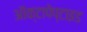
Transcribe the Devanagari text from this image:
ऑक्टापेप्टाइड